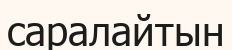
саралайтын